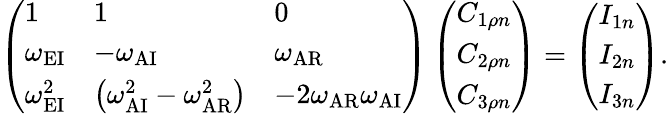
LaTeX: \left(\begin{array}{lll}{1}&{1}&{0}\\ {\omega_{\mathrm{EI}}}&{-\omega_{\mathrm{AI}}}&{\omega_{\mathrm{AR}}}\\ {\omega_{\mathrm{EI}}^{2}}&{\left(\omega_{\mathrm{AI}}^{2}-\omega_{\mathrm{AR}}^{2}\right)}&{-2\omega_{\mathrm{AR}}\omega_{\mathrm{AI}}}\end{array}\right)\left(\begin{array}{l}{C_{1\rho n}}\\ {C_{2\rho n}}\\ {C_{3\rho n}}\end{array}\right)=\left(\begin{array}{l}{I_{1n}}\\ {I_{2n}}\\ {I_{3n}}\end{array}\right).